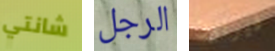
شانتي الرجل فيرنون